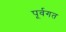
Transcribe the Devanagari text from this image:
पूर्वगत